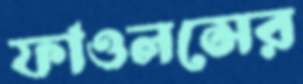
ফাওলসের